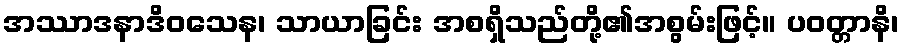
အဿာဒနာဒိဝသေန၊ သာယာခြင်း အစရှိသည်တို့၏အစွမ်းဖြင့်။ ပဝတ္တာနိ၊